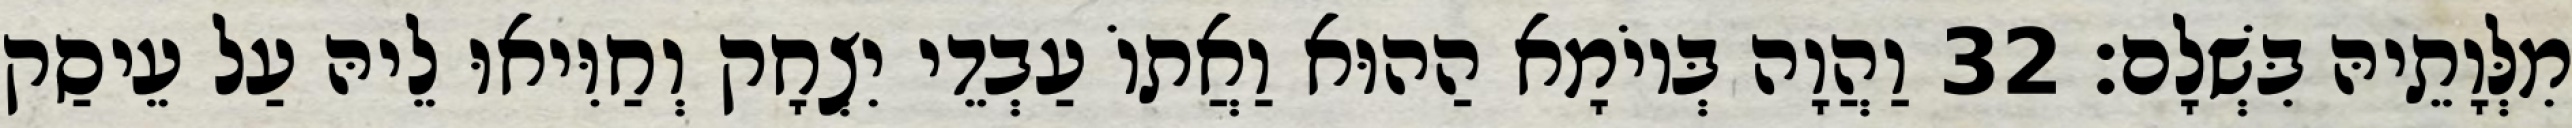
מִלְּוָתֵיהּ בִּשְׁלָם׃ 32 וַהֲוָה בְּיוֹמָא הַהוּא וַאֲתוֹ עַבְדֵי יִצְחָק וְחַוִּיאוּ לֵיהּ עַל עֵיסַק